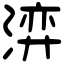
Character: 㴒